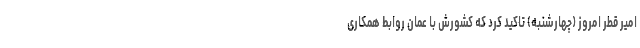
امیر قطر امروز (چهارشنبه) تاکید کرد که کشورش با عمان روابط همکاری